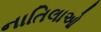
નાતિલાઓ